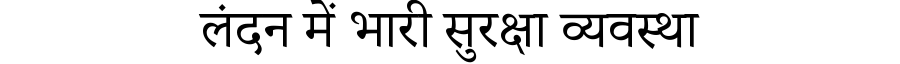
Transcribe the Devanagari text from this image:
लंदन में भारी सुरक्षा व्यवस्था